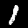
Digit: 1